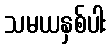
သမယနှစ်ပါး